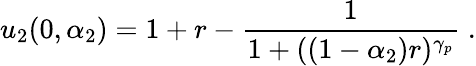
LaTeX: u_{2}(0,\alpha_{2})=1+r-\frac{1}{1+((1-\alpha_{2})r)^{\gamma_{p}}}\; .